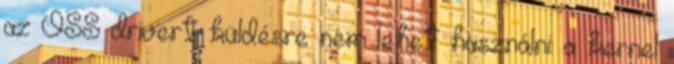
az OSS drivert küldésre nem lehet használni: a kernel